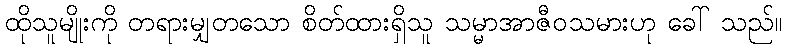
ထိုသူမျိုးကို တရားမျှတသော စိတ်ထားရှိသူ သမ္မာအာဇီဝသမားဟု ခေါ် သည်။